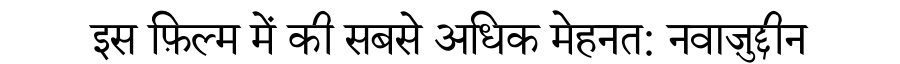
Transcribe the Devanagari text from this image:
इस फ़िल्म में की सबसे अधिक मेहनत: नवाज़ुद्दीन